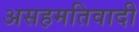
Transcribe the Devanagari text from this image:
असहमतिवादी